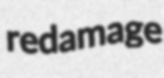
redamage